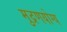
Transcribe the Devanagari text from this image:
मुद्रणयोग्य